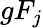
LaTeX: gF_{j}